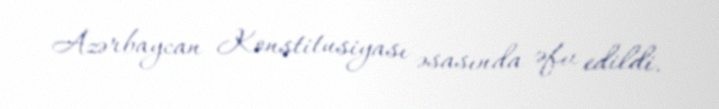
Azərbaycan Konstitusiyası əsasında əfv edildi.